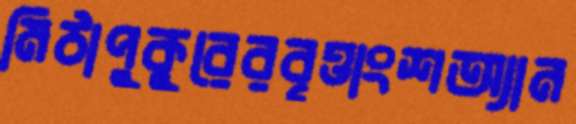
মিঠাপুকুরেরবৃত্তাংশঅ্যান